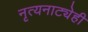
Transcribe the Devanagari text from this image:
नृत्यनाट्येही